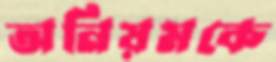
অনিয়মকে